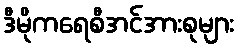
ဒီမိုကရေစီအင်အားစုများ